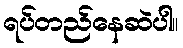
ရပ်တည်နေဆဲပါ။